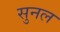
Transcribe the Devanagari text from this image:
सुनल